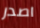
اصدر